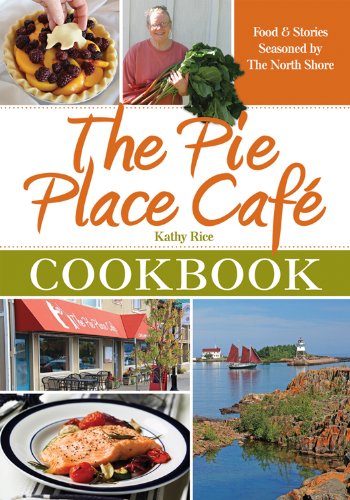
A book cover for The Pie Place Cafe Cookbook, Food & Stories Seasoned by the North Shore; Kathy Rice; Cookbooks, Food & Wine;